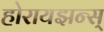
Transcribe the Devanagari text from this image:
होरायझन्स्